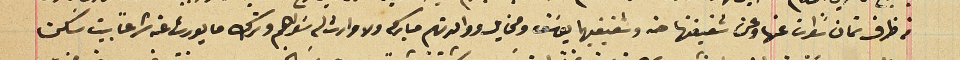
من ظرف تمان سنوات عنها وعن شقيقتها حنه وشقيقيهما يوسَف ومخايل ووالدتهم مباركه ولا وارث له سَواهم وترك ما يورث عنه شرعاً بيت سكن